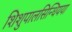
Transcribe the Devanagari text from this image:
शिशुपालसिन्धियया